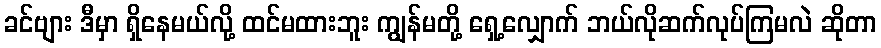
ခင်ဗျား ဒီမှာ ရှိနေမယ်လို့ ထင်မထားဘူး ကျွန်မတို့ ရှေ့လျှောက် ဘယ်လိုဆက်လုပ်ကြမလဲ ဆိုတာ